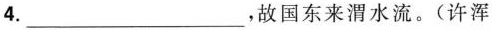
4.___，故国东来渭水流。(许浑